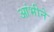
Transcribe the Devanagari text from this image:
आंभीने